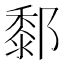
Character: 𨞃